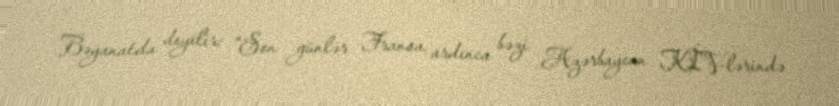
Bəyanatda deyilir: “Son günlər Fransa, ardınca bəzi Azərbaycan KİV-lərində